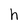
Character: h